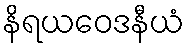
နိရယဝေဒနီယံ